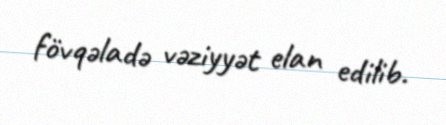
fövqəladə vəziyyət elan edilib.